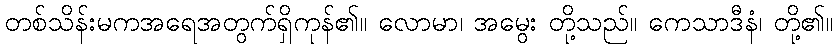
တစ်သိန်းမကအရေအတွက်ရှိကုန်၏။ လောမာ၊ အမွေး တို့သည်။ ကေသာဒီနံ၊ တို့၏။